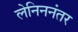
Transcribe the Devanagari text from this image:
लेनिननंतर